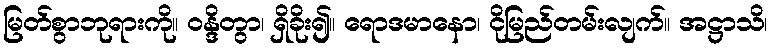
မြတ်စွာဘုရားကို။ ဝန္ဒိတွာ၊ ရှိခိုး၍။ ရောဒမာနော၊ ငိုမြည်တမ်းလျက်။ အဋ္ဌာသိ၊